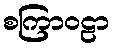
စကြာဝဠာ